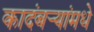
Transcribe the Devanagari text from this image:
कादंबर्‍यांमधे